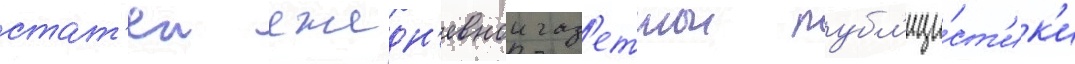
стат'еи ежедн'евнои газ'етнои публ'ици́ст'ик'и